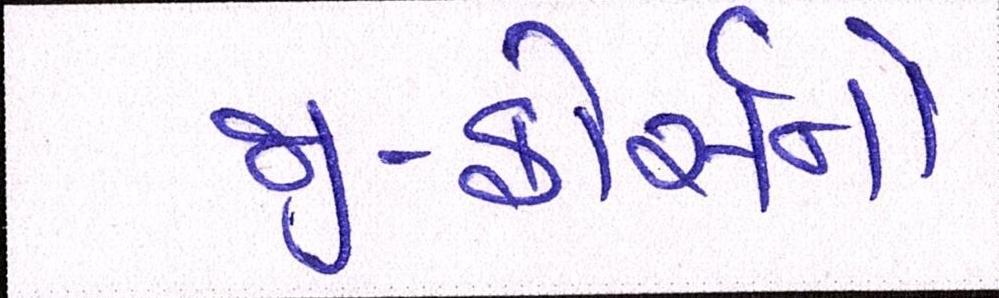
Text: જી-ફોર્સનો